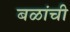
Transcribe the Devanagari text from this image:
बळांची